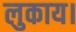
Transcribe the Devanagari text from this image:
लुकाय।